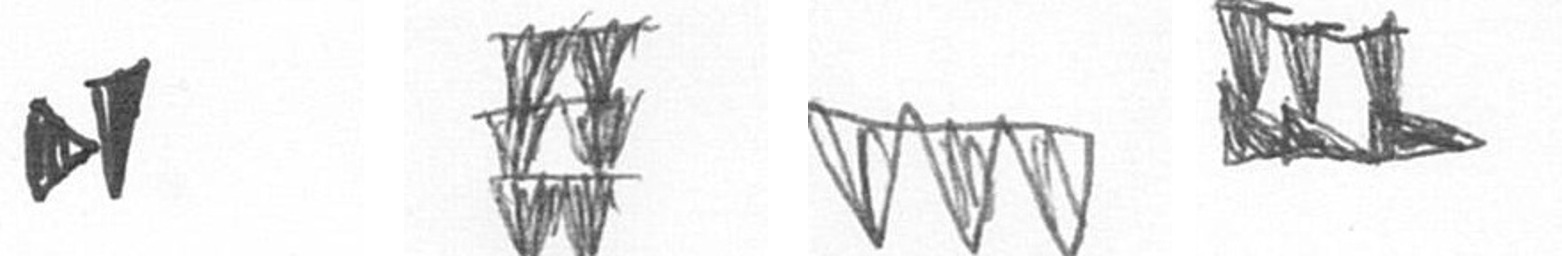
M Y L D